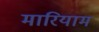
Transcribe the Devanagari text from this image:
मारियाम